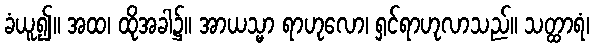
ခံယူ၍။ အထ၊ ထိုအခါ၌။ အာယသ္မာ ရာဟုလော၊ ရှင်ရာဟုလာသည်။ သတ္ထာရံ၊